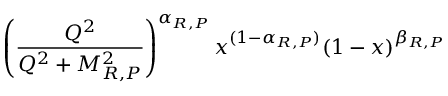
\left( \frac { Q ^ { 2 } } { Q ^ { 2 } + M _ { R , P } ^ { 2 } } \right) ^ { \alpha _ { R , P } } x ^ { ( 1 - \alpha _ { R , P } ) } ( 1 - x ) ^ { \beta _ { R , P } }